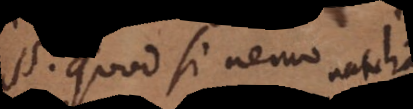
§. quod si nemo J.